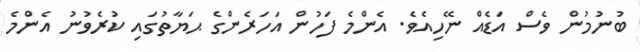
ބުނުމުން ވެސް އަޑެއް ނޭހިއެވެ. އެންމެ ފަހުން އަހަރެންގެ ޙަޔާތުގައި ކުރެވުނު އެންމެ